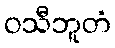
ဝသီဘူတံ